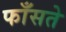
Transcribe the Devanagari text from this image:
फाँसते